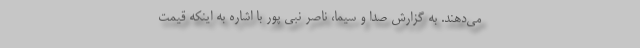
می‌دهند. به گزارش صدا و سیما، ناصر نبی پور با اشاره به اینکه قیمت